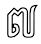
៧